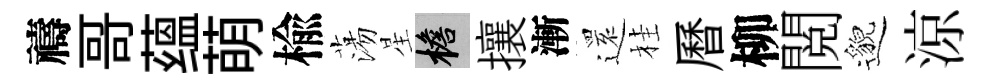
禱哥蕴萌楡蕩星檐攘漸𮟃桂曆柳閲邈涼